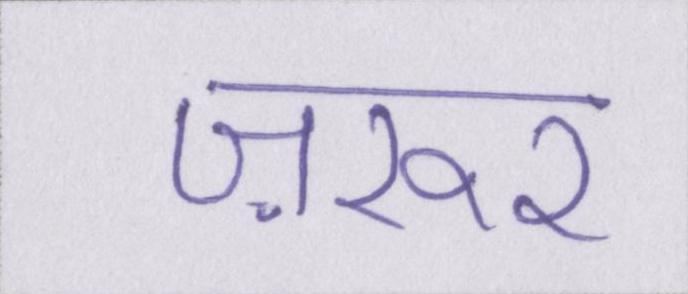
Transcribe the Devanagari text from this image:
ज़रूर